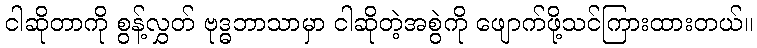
ငါဆိုတာကို စွန့်လွှတ် ဗုဒ္ဓဘာသာမှာ ငါဆိုတဲ့အစွဲကို ဖျောက်ဖို့သင်ကြားထားတယ်။